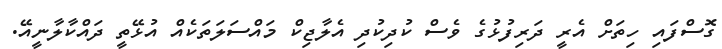
ގޮސްފައި ހިތަށް އެރީ ދަރިފުޅުގެ ވެސް ކުދިކުދި އެލާޖިކް މައްސަލަތަކެއް އުޅޭތީ ދައްކާލާނީއޭ.